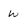
Character: W